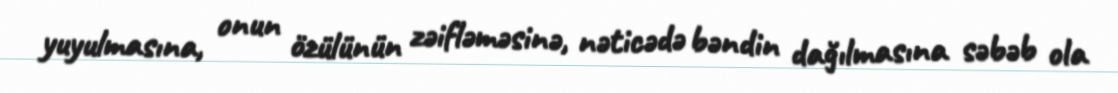
yuyulmasına, onun özülünün zəifləməsinə, nəticədə bəndin dağılmasına səbəb ola